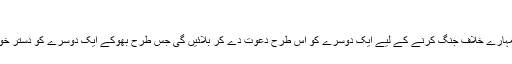
‘‘
’’قریب ہے کہ (کفر کی )قومیں تمہارے خلاف جنگ کرنے کے لیے ایک دوسرے کو اس طرح دعوت دے کر بلائیں گی جس طرح بھوکے ایک دوسرے کو دستر خوان پر دعوت دے کر بلاتے ہیں‘‘۔